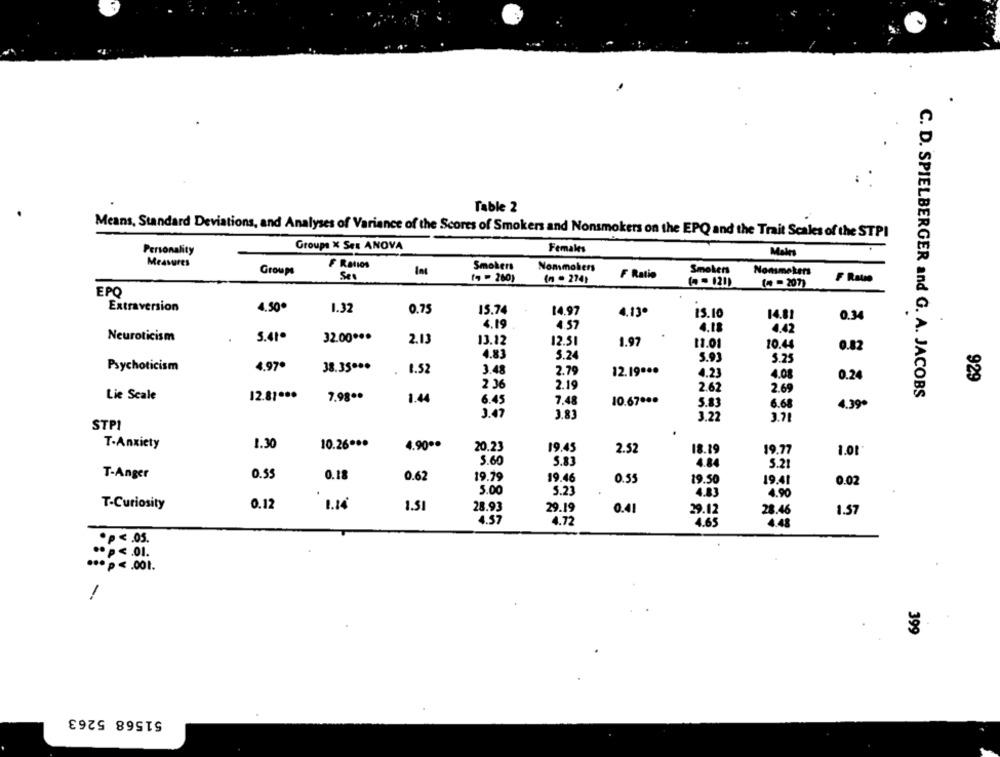
Fable 2
Means, Standard Deviations, and Analyses of Variance of the Scores of Smokers and Nonsmokers on the EPQ and the Trait Scales of the STPI
Personality
Groups X Ses ANOVA
Females
Males
Measures
F Ratios
Smokers
Groups
Nommakers
Smokers
Nommekers
Set
(4 -260)
(n = 274)
F Ratio
F Rauo
( - 120)
(+ - 207)
EPQ
Extraversion
4.50
1.32
0.75
15.74
14.97
4.13.
15.10
14.81
0.34
6.19
4.57
4.18
4.42
Neuroticism
5.41
32.00 ***
2.13
13.12
12.51
1.97
11.01
10.44
0.82
4.83
5.24
5.93
5.25
Psychoticism
4.97º
38.35 ***
1.52
3.48
2.79
12.19 ...
4.23
4.08
0.24
929
2 36
2.19
2.62
2.65
Lie Scale
12.81 ***
7.98 **
1.44
6.45
7,4
10.67 ***
5.83
C. D. SPIELBERGER and G. A. JACOBS
6.68
4.39*
3.47
J.81
3,22
3.78
STP1
T-Anxiety
1.30
10.26 ***
4.90 **
20.23
19.45
2.52
18.19
19.77
1.01
5.60
5.83
4.84
5.21
T-Anger
O.S
0.18
0.62
19.79
19.46
0.55
19.50
19.41
0.02
5.00
5.23
4.83
4.90
T-Curiosity
0.12
1.14
1.31
29.19
28.93
0.41
29.12
28.46
1.57
4.57
4.72
4.6
448
.p <. 05.
.. p <. 01.
... p < . 001.
399
51568 5263